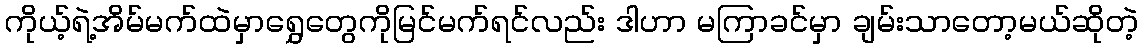
ကိုယ့်ရဲ့အိမ်မက်ထဲမှာရွှေတွေကိုမြင်မက်ရင်လည်း ဒါဟာ မကြာခင်မှာ ချမ်းသာတော့မယ်ဆိုတဲ့